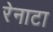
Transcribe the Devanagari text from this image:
रेनाटा